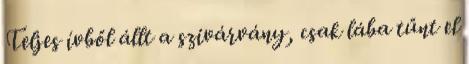
Teljes ívből állt a szivárvány, csak lába tűnt el